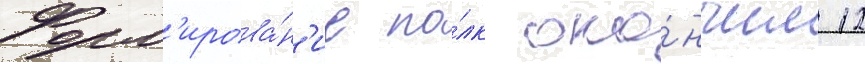
Форм'ирова́н'ие по́лк око́нчил 12